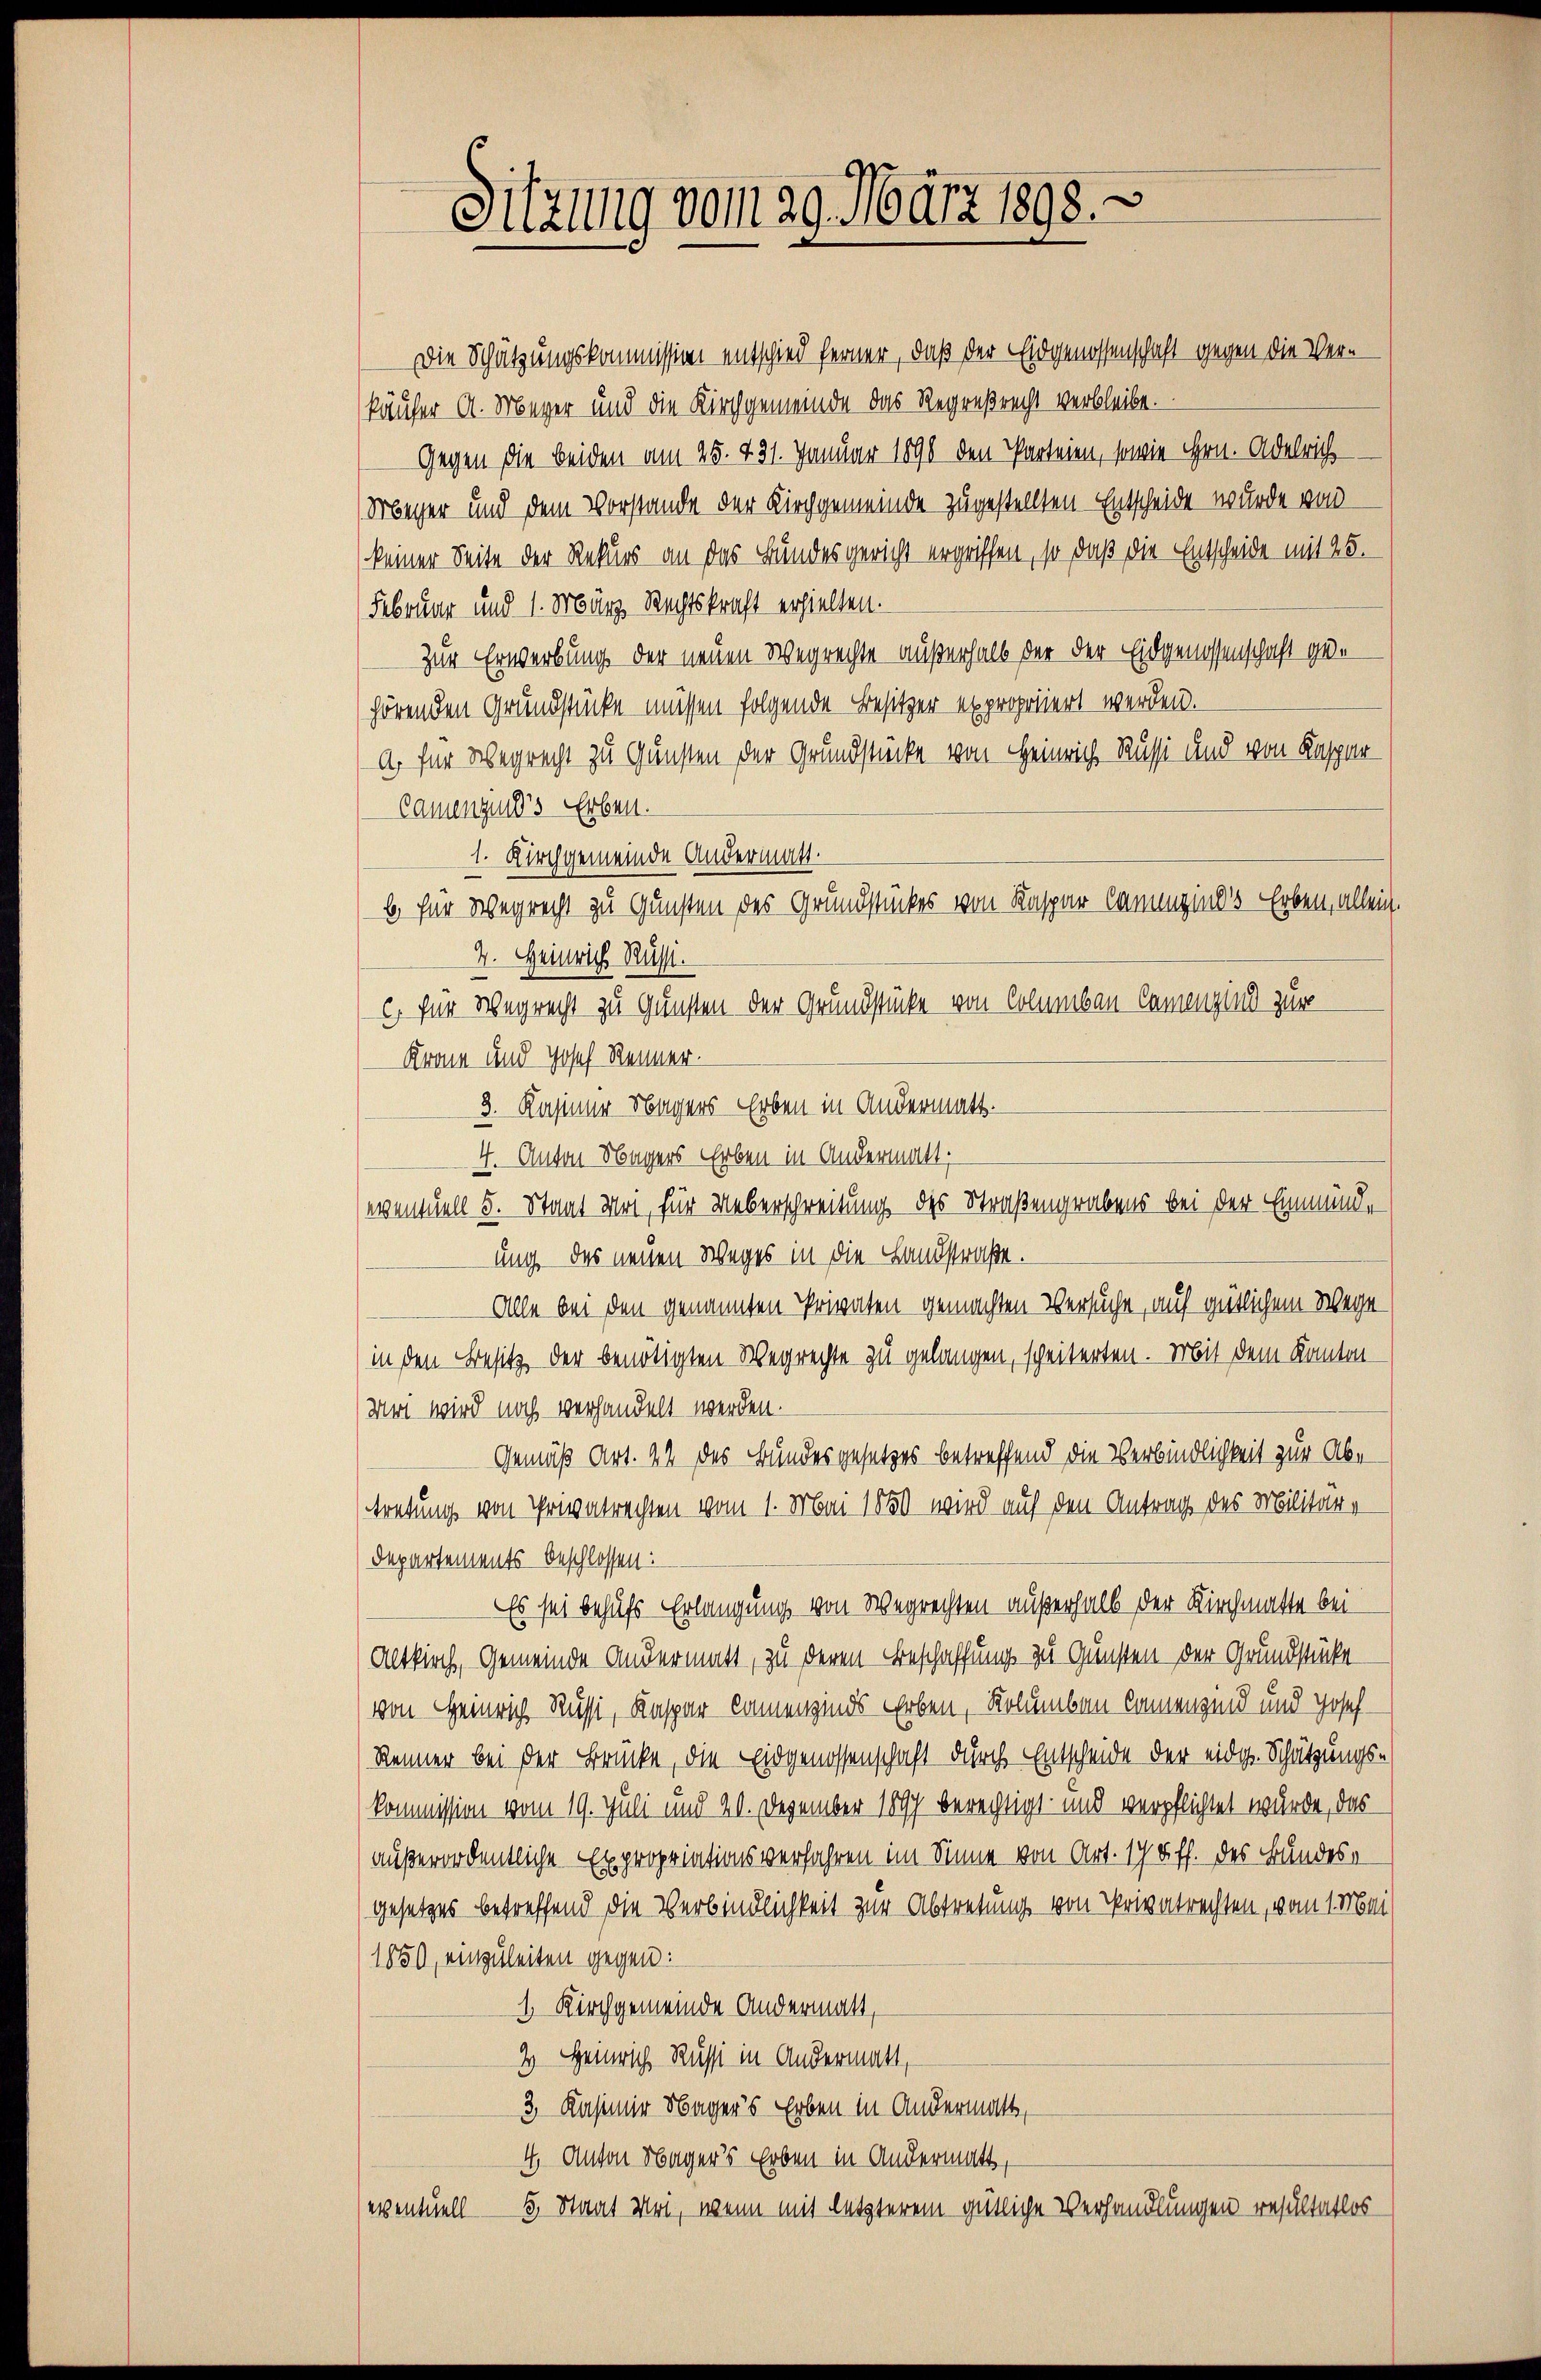
Sitzung vom 29. März 1898.

Die Schätzungskommission entschied ferner, daß der Eidgenossenschaft gegen die Verkäufer A. Meyer und die Kirchgemeinde das Regreßrecht verbleibe.
Gegen die beiden am 25. 231. Januar 1890 den Parteien, sowie Hrn. Adelrich
Meger und dem Vorstande der Kirchgemeinde zugestellten Entscheide wurde von
keiner Seite der Rekurs an das Bundesgericht ergriffen, so daß die Entscheide mit 25.
Februar und 1. März Rechtskraft erhielten.
zur Erwerbung der neuen Wegrechte außerhalb der der Eidgenossenschaft gehörenden Grundstücke müssen folgende Besitzer expropriiert werden.
a für Wegrecht zu Gunsten der Grundstücke von Heinrich, Russi und von Kaspar
Camenzun’s Erben.
1. Kirchgemeinde Andermatt.
b für Wegrecht zu Gunsten des Grundstückes von Kaspar Cammeines Erben, allein.
4. Heinrich Russi
c) für Wegrecht zu gunsten der Grundstücke von Columbau Camenzind zur
Kram und Josef Renner.
3. Kasiner Nagers Erben in Andermatt.
4. Anton Nagers Erben in Andermatt,
e
eventuell 5. Staat Uri, für Ueberschreitung des Straßengrabens bei der Einmündung des neuen Weges in die Landstraße.
Alle bei den genannten Privaten gemachten Versuche, auf gütlichem Wege
in den Besitz der benötigten Wegrechte zu gelangen, scheiterten. Mit dem Kanton
Wo wird noch verhandelt werden.
Gemäß Art. 44 des Bundesgesetzes betreffend die Verbindlichkeit zur Abtretung von Privatrechten vom 1. Mai 1850 wird auf den Antrag des Militär-
Departements beschlossen:
Es sei behufs Erlangung von Wegrechten außerhalb der Kirchmatte bei
Altkirch, Gemeinde andermatt, zu deren Beschaffung zu Gunsten der Grundstücke
von Heinrich Russi, Kaspar kamenzinds Erben, Kolumbau kamenzind und Josef-
Renner bei der Brücke, die Eidgenossenschaft durch Entscheide der eidg. Schätzungs¬
Kommission vom 19. Juli und 20. Dezember 1897 berechtigt und verpflichtet wurde, das
außerordentliche Expropriationsverfahren im Sinne von Art. 194 ff. des Bundesgesetzes betreffend die Verbindlichkeit zur Abtretung von Privatrechten, vom 1 Mai
1850, einzuleiten gegen:
1. Kirchgemeinde Andermatt,
4 Heinrich Russi in Andermatt,
3. Kasimir Nager’s Erben in Andermatt,
4. Anton Nager’s Erben in Andermatt,
5. Staat Uri, wenn mit letzterem gütliche Verhandlungen resultatlos
eventuell